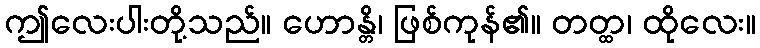
ဤလေးပါးတို့သည်။ ဟောန္တိ၊ ဖြစ်ကုန်၏။ တတ္ထ၊ ထိုလေး။